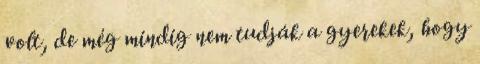
volt, de még mindig nem tudják a gyerekek, hogy